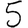
Digit: 5